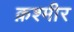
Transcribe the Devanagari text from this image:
क़श्मीर